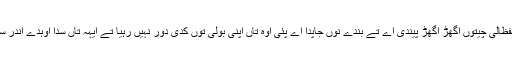
جد بندہ اپنی بولی ول پرتدا اے تاں جھبدے ای اک دم ساری لفظالی چیتوں اُگھڑ اُگھڑ پیندی اے تے بندے نُوں جاپدا اے پئی اوہ تاں اپنی بولی توں کدی دور نہیں رہیا تے ایہہ تاں سدا اوہدے اندر سی پر اوہ ای بُھلی بیٹھا سی تے ہن اک دم حاضر ہو گئی اے۔